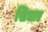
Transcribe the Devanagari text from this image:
सिधाए